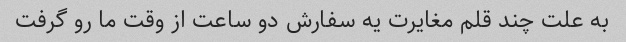
به علت چند قلم مغایرت یه سفارش دو ساعت از وقت ما رو گرفت